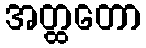
အတ္ထတော